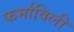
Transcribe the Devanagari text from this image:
फर्माविली